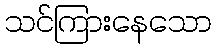
သင်ကြားနေသော